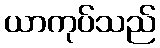
ယာကုပ်သည်